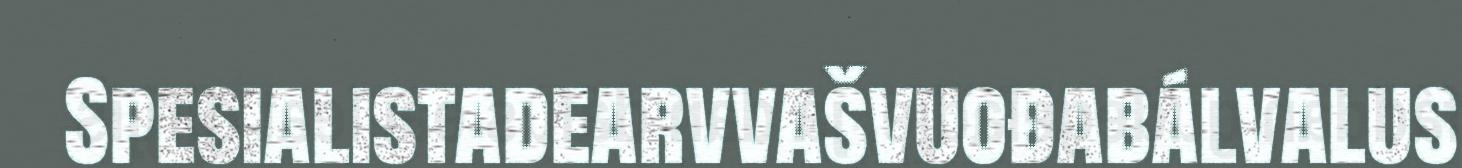
Spesialistadearvvašvuođabálvalus